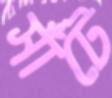
সাঁটে